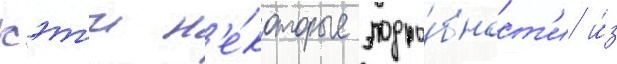
кэт'и н'е́которые подро́бност'и и́з